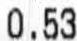
0.53